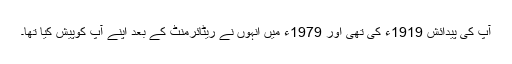
آپ کی پیدائش 1919ء کی تھی اور 1979ء میں انہوں نے ریٹائرمنٹ کے بعد اپنے آپ کوپیش کیا تھا۔